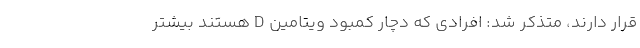
قرار دارند، متذکر شد: افرادی که دچار کمبود ویتامین D هستند بیشتر